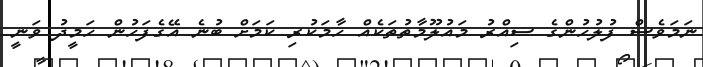
ނަމަވެސް ފުލުހުންގެ ސިއްރު މައުލޫމާތުތަކެއް ހާމަކުރި ކަމަށް ބުނެ އޭގެފަހުން ހަމީދު ވަނީ